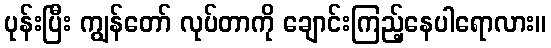
ပုန်းပြီး ကျွန်တော် လုပ်တာကို ချောင်းကြည့်နေပါရောလား။